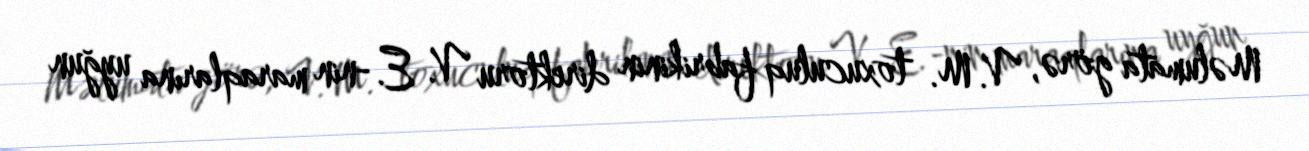
Məlumata görə, V. M. toxuculuq fabrikinin direktoru V. E.-nin maraqlarına uyğun